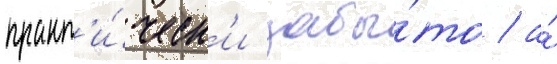
практ'и́ческ'и забы́то / а́